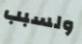
ولسبب